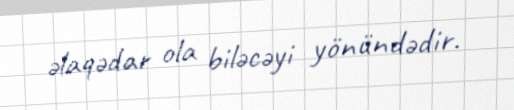
əlaqədar ola biləcəyi yönündədir.